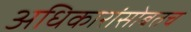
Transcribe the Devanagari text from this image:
अधिकारांसोबतच